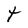
Character: t